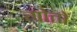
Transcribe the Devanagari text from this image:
गोतों